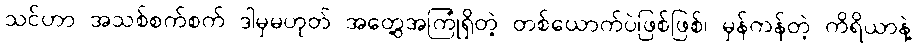
သင်ဟာ အသစ်စက်စက် ဒါမှမဟုတ် အတွေ့အကြုံရှိတဲ့ တစ်ယောက်ပဲဖြစ်ဖြစ်၊ မှန်ကန်တဲ့ ကိရိယာနဲ့